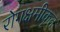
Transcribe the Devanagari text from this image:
रोगक्षमीकृत